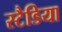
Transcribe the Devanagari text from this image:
स्टैडिया